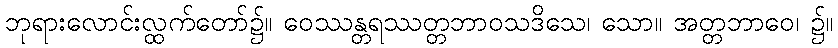
ဘုရားလောင်းလ္ထက်တော်၌။ ဝေဿန္တရဿတ္တဘာဝသဒိသေ၊ သော။ အတ္တဘာဝေ၊ ၌။